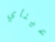
عيناي